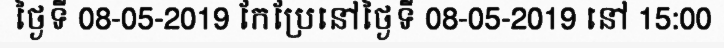
ថ្ងៃទី 08-05-2019 កែប្រែនៅថ្ងៃទី 08-05-2019 នៅ 15:00